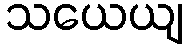
သယေယျ